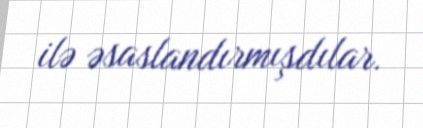
ilə əsaslandırmışdılar.